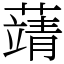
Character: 𦽴